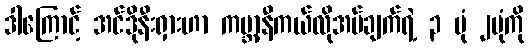
ဒါကြောင့် အင်ဒိုနီးရှားဟာ ကမ္ဘာ့နီကယ်လိုအပ်ချက်ရဲ့ ၃ ပုံ ၂ပုံကို